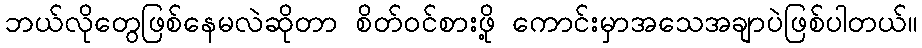
ဘယ်လိုတွေဖြစ်နေမလဲဆိုတာ စိတ်ဝင်စားဖို့ ကောင်းမှာအသေအချာပဲဖြစ်ပါတယ်။